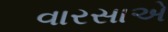
વારસાએ